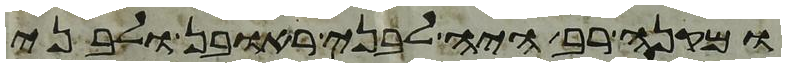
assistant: ומקנה רב היה לבני ראובן ולבני